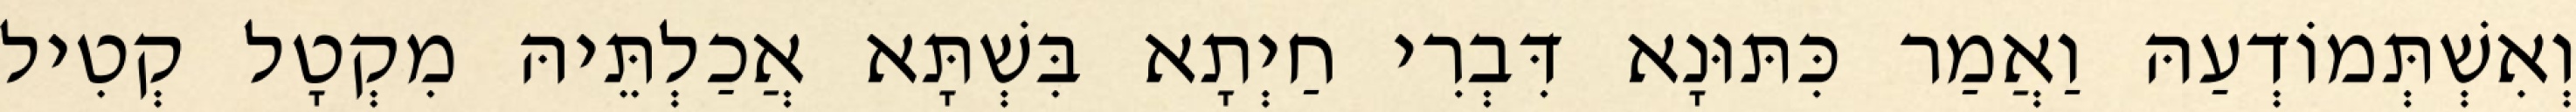
וְאִשְׁתְּמוֹדְעַהּ וַאֲמַר כִּתּוּנָא דִּבְרִי חַיְתָא בִּשְׁתָּא אֲכַלְתֵּיהּ מִקְטָל קְטִיל